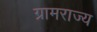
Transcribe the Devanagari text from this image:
ग्रामराज्य